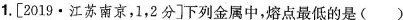
1.[2019·江苏南京，1，2分]下列金属中，熔点最低的是()